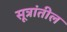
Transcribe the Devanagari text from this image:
सूत्रांतील